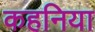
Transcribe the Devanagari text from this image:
कहनिया